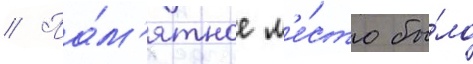
// Па́м'ятное м'е́сто бы́ло